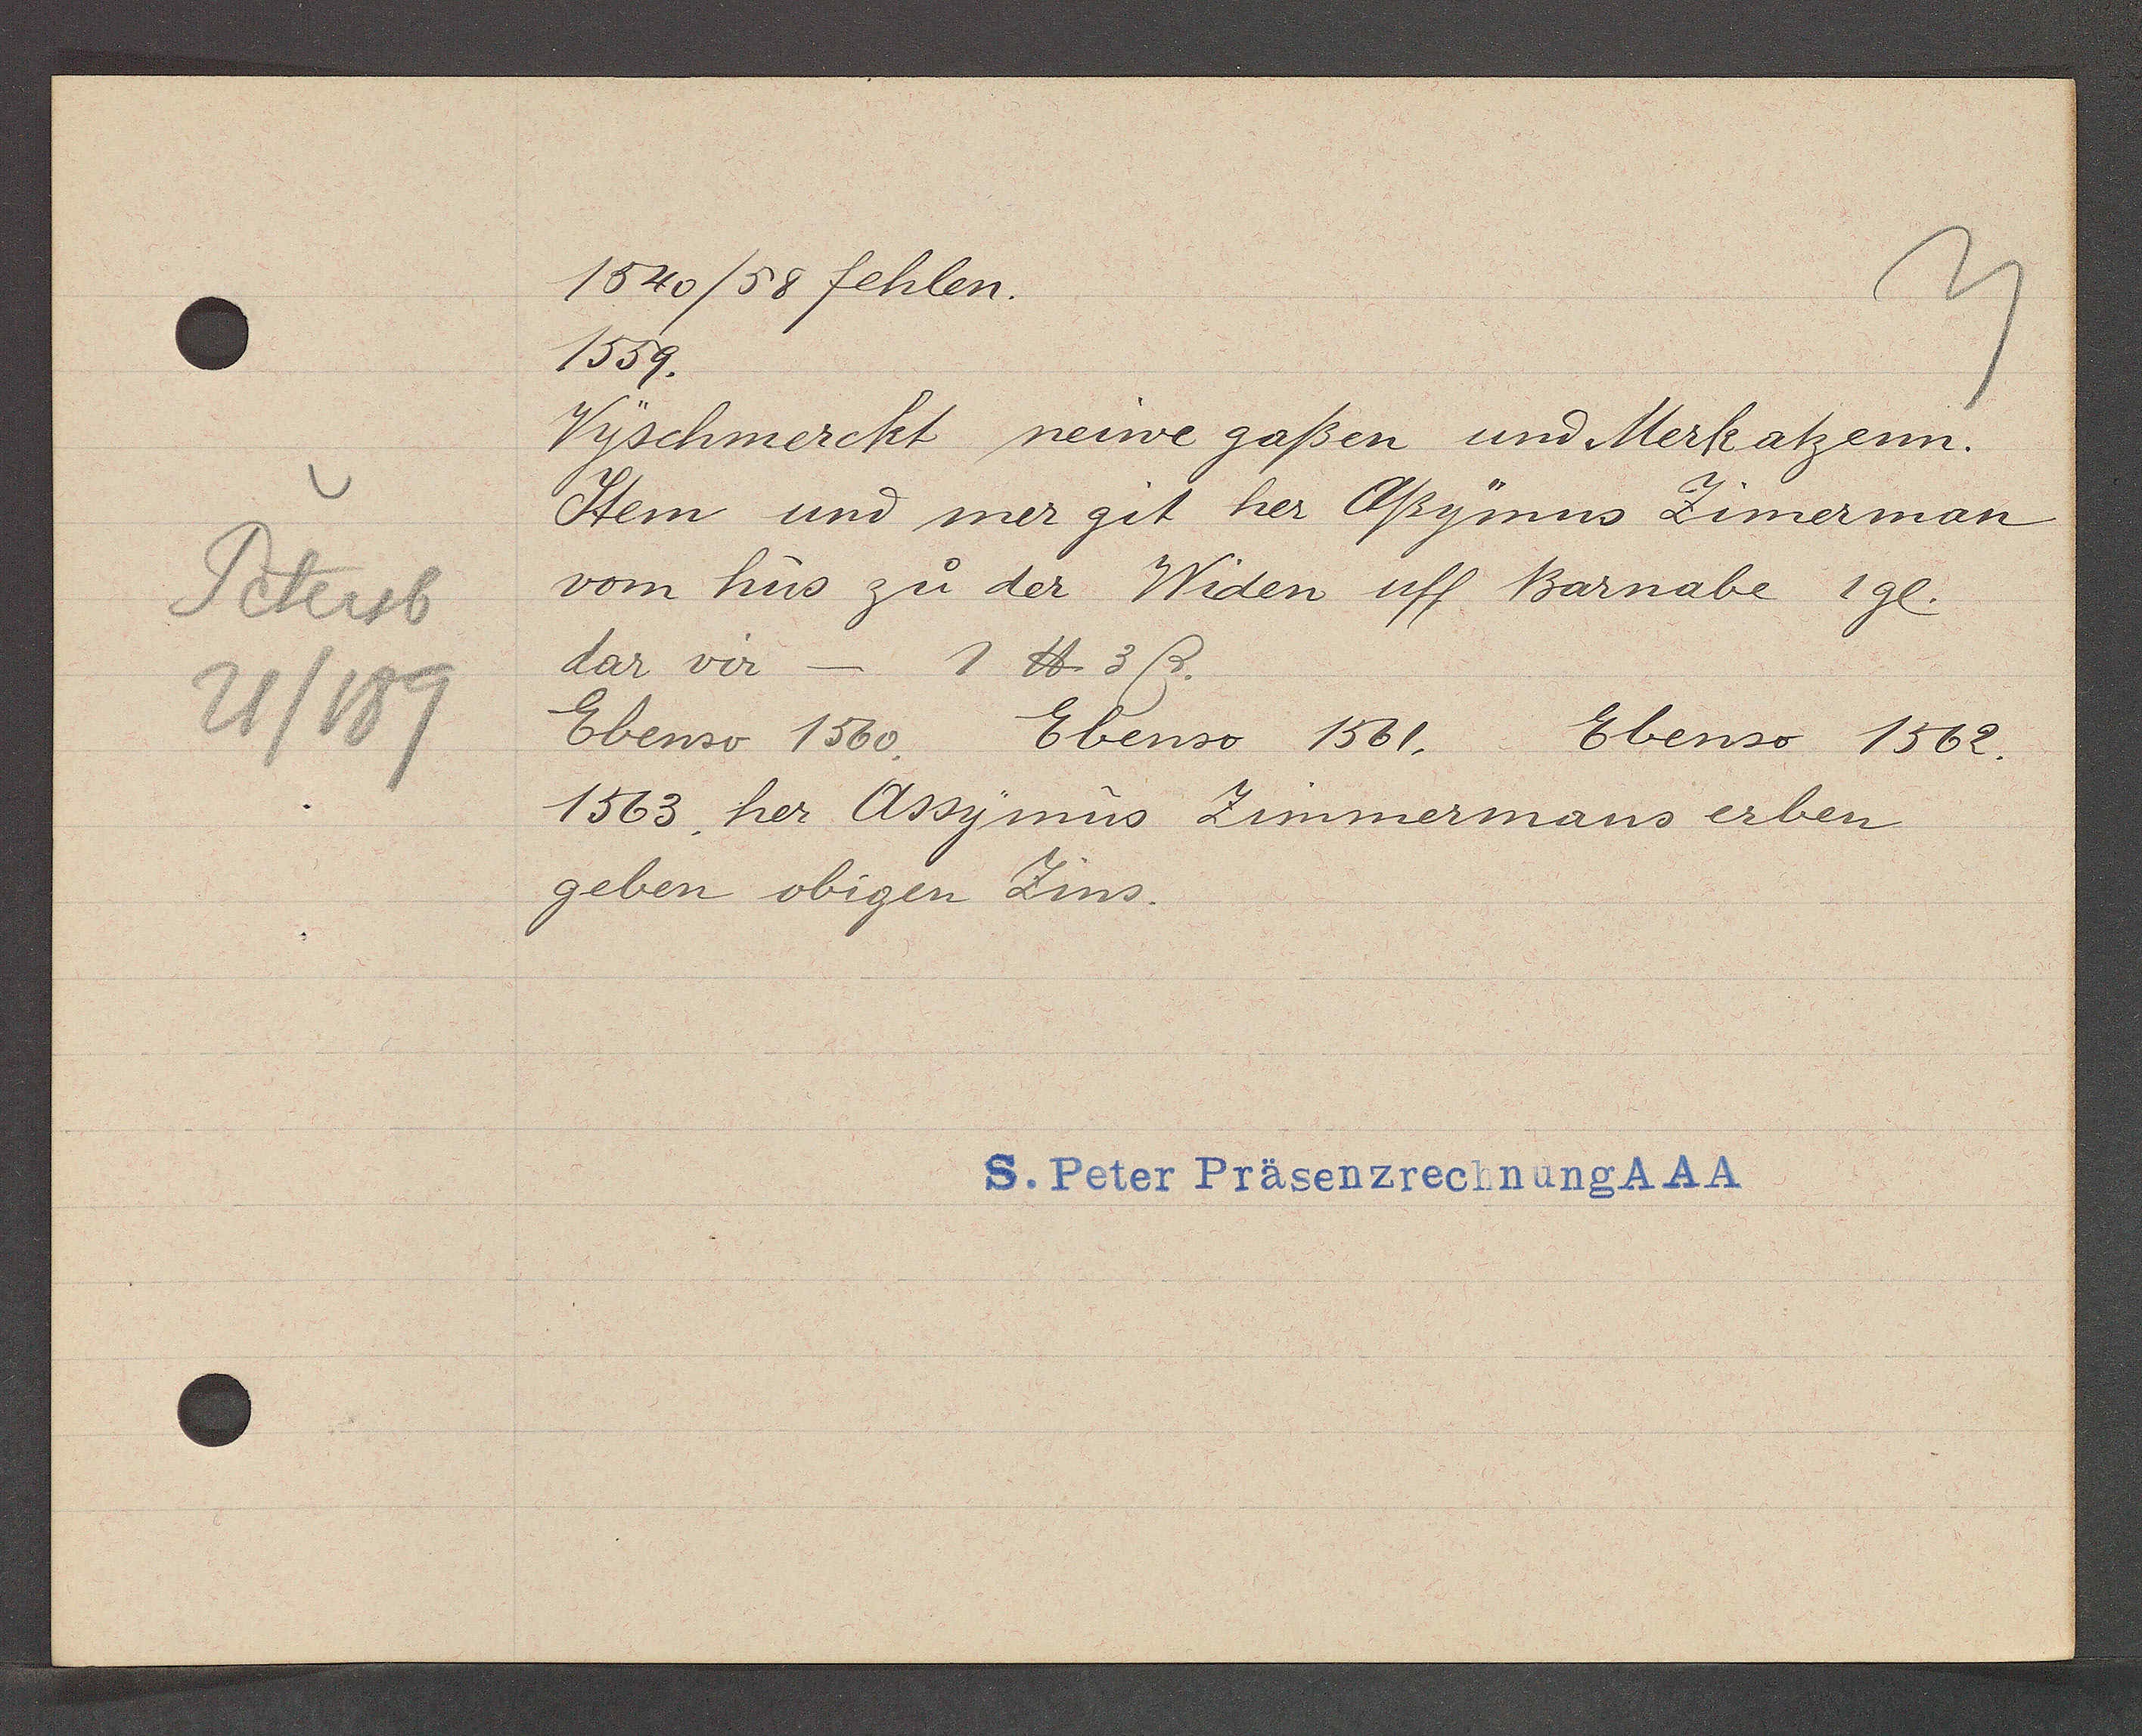
Transcript:
Petersb
21/189

1540/58 fehlen.

1559.
Vyschmerckt neiwe gaßen und Merkatzenn.
Item und mer git her Oßymus Zimerman
vom hus zu der Widen uff Barnabe 1gl.
dar vir -
1 ℔ 3 ß.
Ebenso 1560.
Ebenso 1562.
Ebenso 1561.
1563 her Assymus Zimmermans erben
geben obigen Zins.

S. Peter Präsenzrechnung AAA